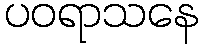
ပဝရာသနေ